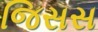
જિસસ